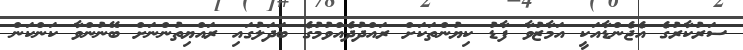
ސަރުކާރުގެ އެޖެންޑާއަކީ އަމާޒުވާ ފާޑު ކިޔުންތަކަށް ރައްދުދެއްވުމުގެ ބަދަލުގައި ރައްޔިތުންނަށް ބޭނުންވާ ކަންކަން